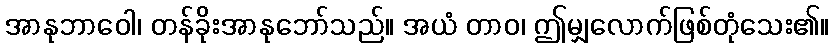
အာနုဘာဝေါ၊ တန်ခိုးအာနုဘော်သည်။ အယံ တာဝ၊ ဤမျှလောက်ဖြစ်တုံသေး၏။